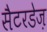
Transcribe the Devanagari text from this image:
सैटरडेज़